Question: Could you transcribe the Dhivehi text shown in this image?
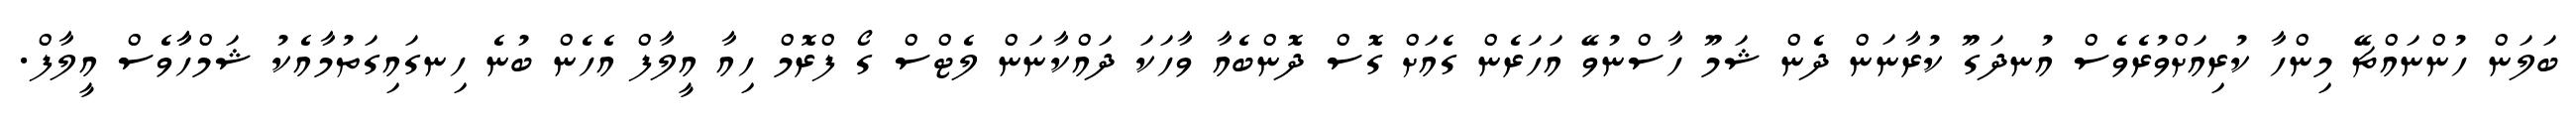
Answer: ބަލަން ހުންނައްޗޭ މިންހާ ކުރިއަށްވުރެވެސް އުނދަގޫ ކުރާނަން ދެން ޝަމޫ ހާސްނުވޭ އަހަރެން ގެއަށް ގޮސް ދޮންބެއާ ވާހަކަ ދައްކާނަން ލެޓްސް ގޯ ފްރޮމް ހިއާ އީލާފް އެހެން ބުނެ ހިނގައިގަތުމާއެކު ޝަމްހާާވެސް އީލާފް.